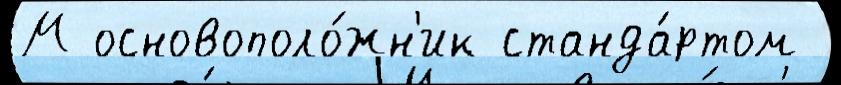
М основополо́жн'ик станда́ртом